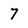
Character: 7